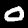
Label: 0